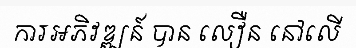
ការអភិវឌ្ឍន៍ បាន លឿន នៅលើ